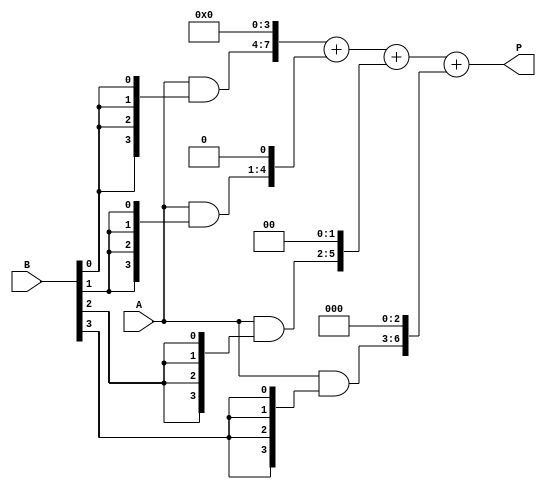
module vedic_multiplier #(parameter N = 4) (
    input [N-1:0] A,
    input [N-1:0] B,
    output [2*N-1:0] P
);

    wire [N-1:0] pp [0:N-1]; // Partial products
    wire [2*N-1:0] sum [0:N-1]; // Sums of partial products

    // Generate partial products
    genvar i, j;
    generate
        for (i = 0; i < N; i = i + 1) begin : pp_gen
            assign pp[i] = A & {N{B[i]}}; // AND operation for partial product
        end
    endgenerate

    // Sum partial products
    assign sum[0] = {pp[0], {N{1'b0}}}; // First partial product shifted
    generate
        for (i = 1; i < N; i = i + 1) begin : sum_gen
            assign sum[i] = sum[i-1] + {pp[i], {i{1'b0}}}; // Add shifted partial products
        end
    endgenerate

    assign P = sum[N-1]; // Final product

endmodule